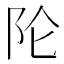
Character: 𲉉